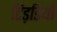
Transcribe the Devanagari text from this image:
टिड़डियाँ